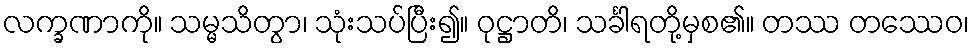
လက္ခဏာကို။ သမ္မသိတွာ၊ သုံးသပ်ပြီး၍။ ဝုဋ္ဌာတိ၊ သင်္ခါရတို့မှစ၏။ တဿ တဿေဝ၊